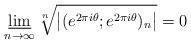
LaTeX: \begin{align*} \varliminf_{n\to\infty}\sqrt[n]{\bigl|(e^{2\pi i\theta};e^{2\pi i\theta})_n\bigr|}=0\end{align*}